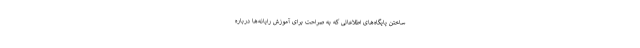
ساختن پایگاه‌های اطلاعاتی که به صراحت برای آموزش رایانه‌ها درباره